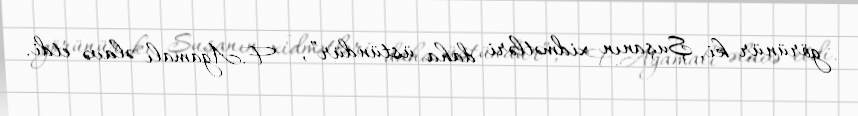
görünür ki, Şuşanın xidmətləri daha üstündür”, - F.Ağamalı əlavə etdi.